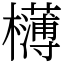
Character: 欂